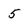
Character: 5